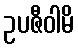
ဥပဇီဝါမိ